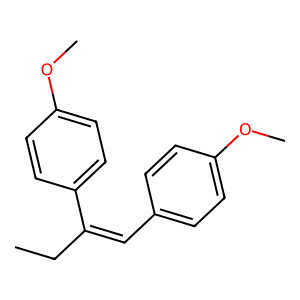
SMILES: CCC(=Cc1ccc(OC)cc1)c1ccc(OC)cc1
Inhibits HIV replication: No